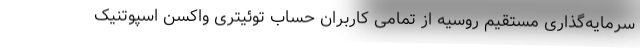
سرمایه‌گذاری مستقیم روسیه از تمامی کاربران حساب توئیتری واکسن اسپوتنیک